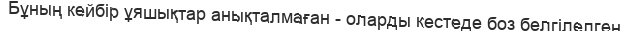
Бұның кейбiр ұяшықтар анықталмаған - оларды кестеде боз белгiлелген